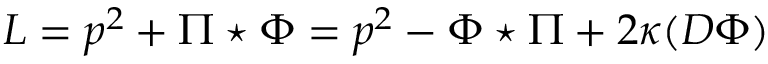
L = p ^ { 2 } + \Pi \star \Phi = p ^ { 2 } - \Phi \star \Pi + 2 \kappa ( D \Phi )